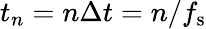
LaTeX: t_{n}=n\Delta t=n/f_{\mathrm{s}}